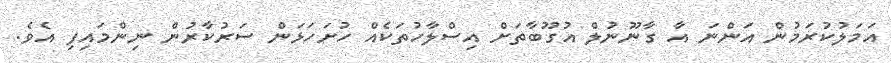
އަމަލުކުރަމުން އަންނަ އާ ގާނޫނުލް އުގޫބާތަށް އިސްލާހުތަކެއް ހުށަހަޅަން ސަރުކާރުން ނިންމައިފި އެވެ.